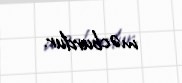
məcburdur.